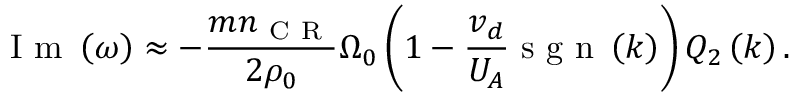
\mathrm { ~ I ~ m ~ } \left( \omega \right) \approx - \frac { m n _ { \mathrm { ~ C ~ R ~ } } } { 2 \rho _ { 0 } } \Omega _ { 0 } \left( 1 - \frac { v _ { d } } { U _ { A } } \mathrm { ~ s ~ g ~ n ~ } \left( k \right) \right) Q _ { 2 } \left( k \right) .